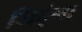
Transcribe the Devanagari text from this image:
जिद्दूंना